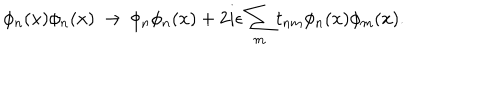
LaTeX: \phi _ { n } ( x ) \phi _ { n } ( x ) \, \rightarrow \, \phi _ { n } \phi _ { n } ( x ) + 2 i \epsilon \sum _ { m } t _ { n m } \phi _ { n } ( x ) \phi _ { m } ( x ) .